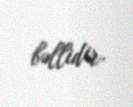
bəllidir.